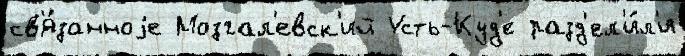
св'я́занноjе Мозгал'евск'ий Усть-Куд'е разд'ел'и́л'и